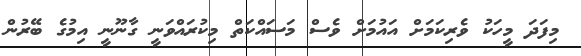
މިފަދަ މީހަކު ވެރިކަމަށް އައުމަށް ވެސް މަސައްކަތް މިކުރައްވަނީ ގާނޫނީ އިމުގެ ބޭރުން